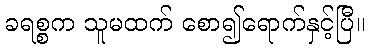
ခရစ္စက သူမထက် စော၍ရောက်နှင့်ပြီ။